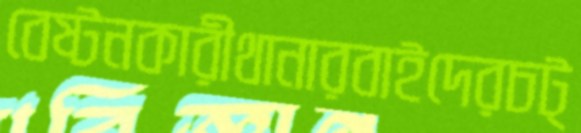
বেষ্টনকারীথানারবাইদেরচট্‌